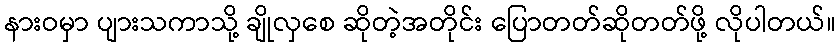
နားဝမှာ ပျားသကာသို့ ချိုလှစေ ဆိုတဲ့အတိုင်း ပြောတတ်ဆိုတတ်ဖို့ လိုပါတယ်။